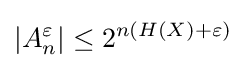
\left|A_{n}^{\varepsilon }\right|\leq 2^{n(H(X)+\varepsilon )}